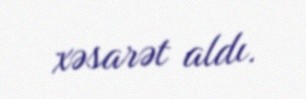
xəsarət aldı.